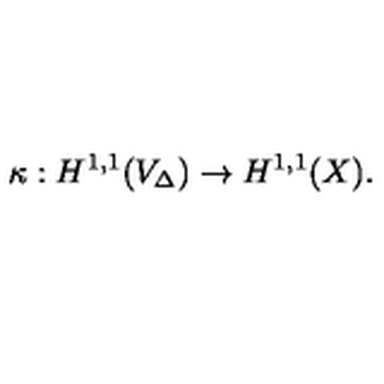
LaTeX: \kappa : H ^ { 1 , 1 } ( V _ { \Delta } ) \to H ^ { 1 , 1 } ( X ) .